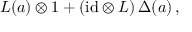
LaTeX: L ( a ) \otimes 1 + ( \mathrm { i d } \otimes L ) \, \Delta ( a ) \, ,